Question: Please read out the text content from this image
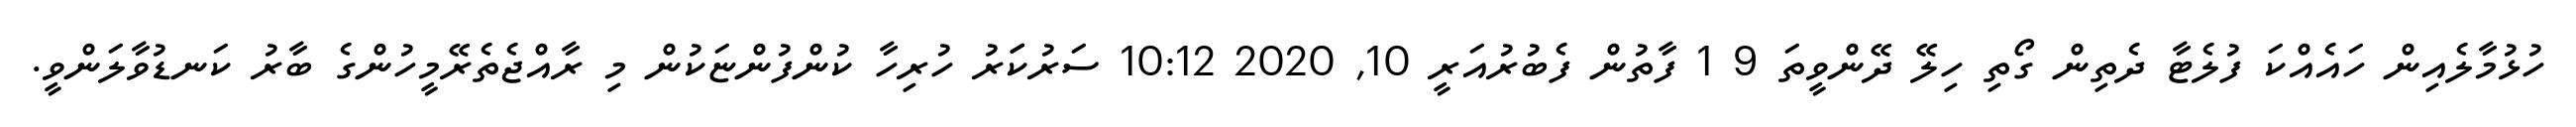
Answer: ހުޅުމާލެއިން ހައެއްކަ ފުލެޓާ ދެތިން ގޯތި ހިލޭ ދޭންވީތަ 9 1 ފާތުން ފެބުރުއަރީ 10, 2020 10:12 ސަރުކަަރު ހުރިހާ ކުންފުންޏަކުން މި ރާއްޖެތެރޭމީހުންގެ ބާރު ކަނޑުވާލަންވީ.